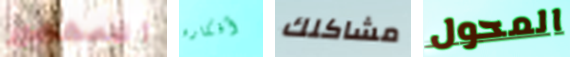
المهجور أفكاره مشاكلك المحول